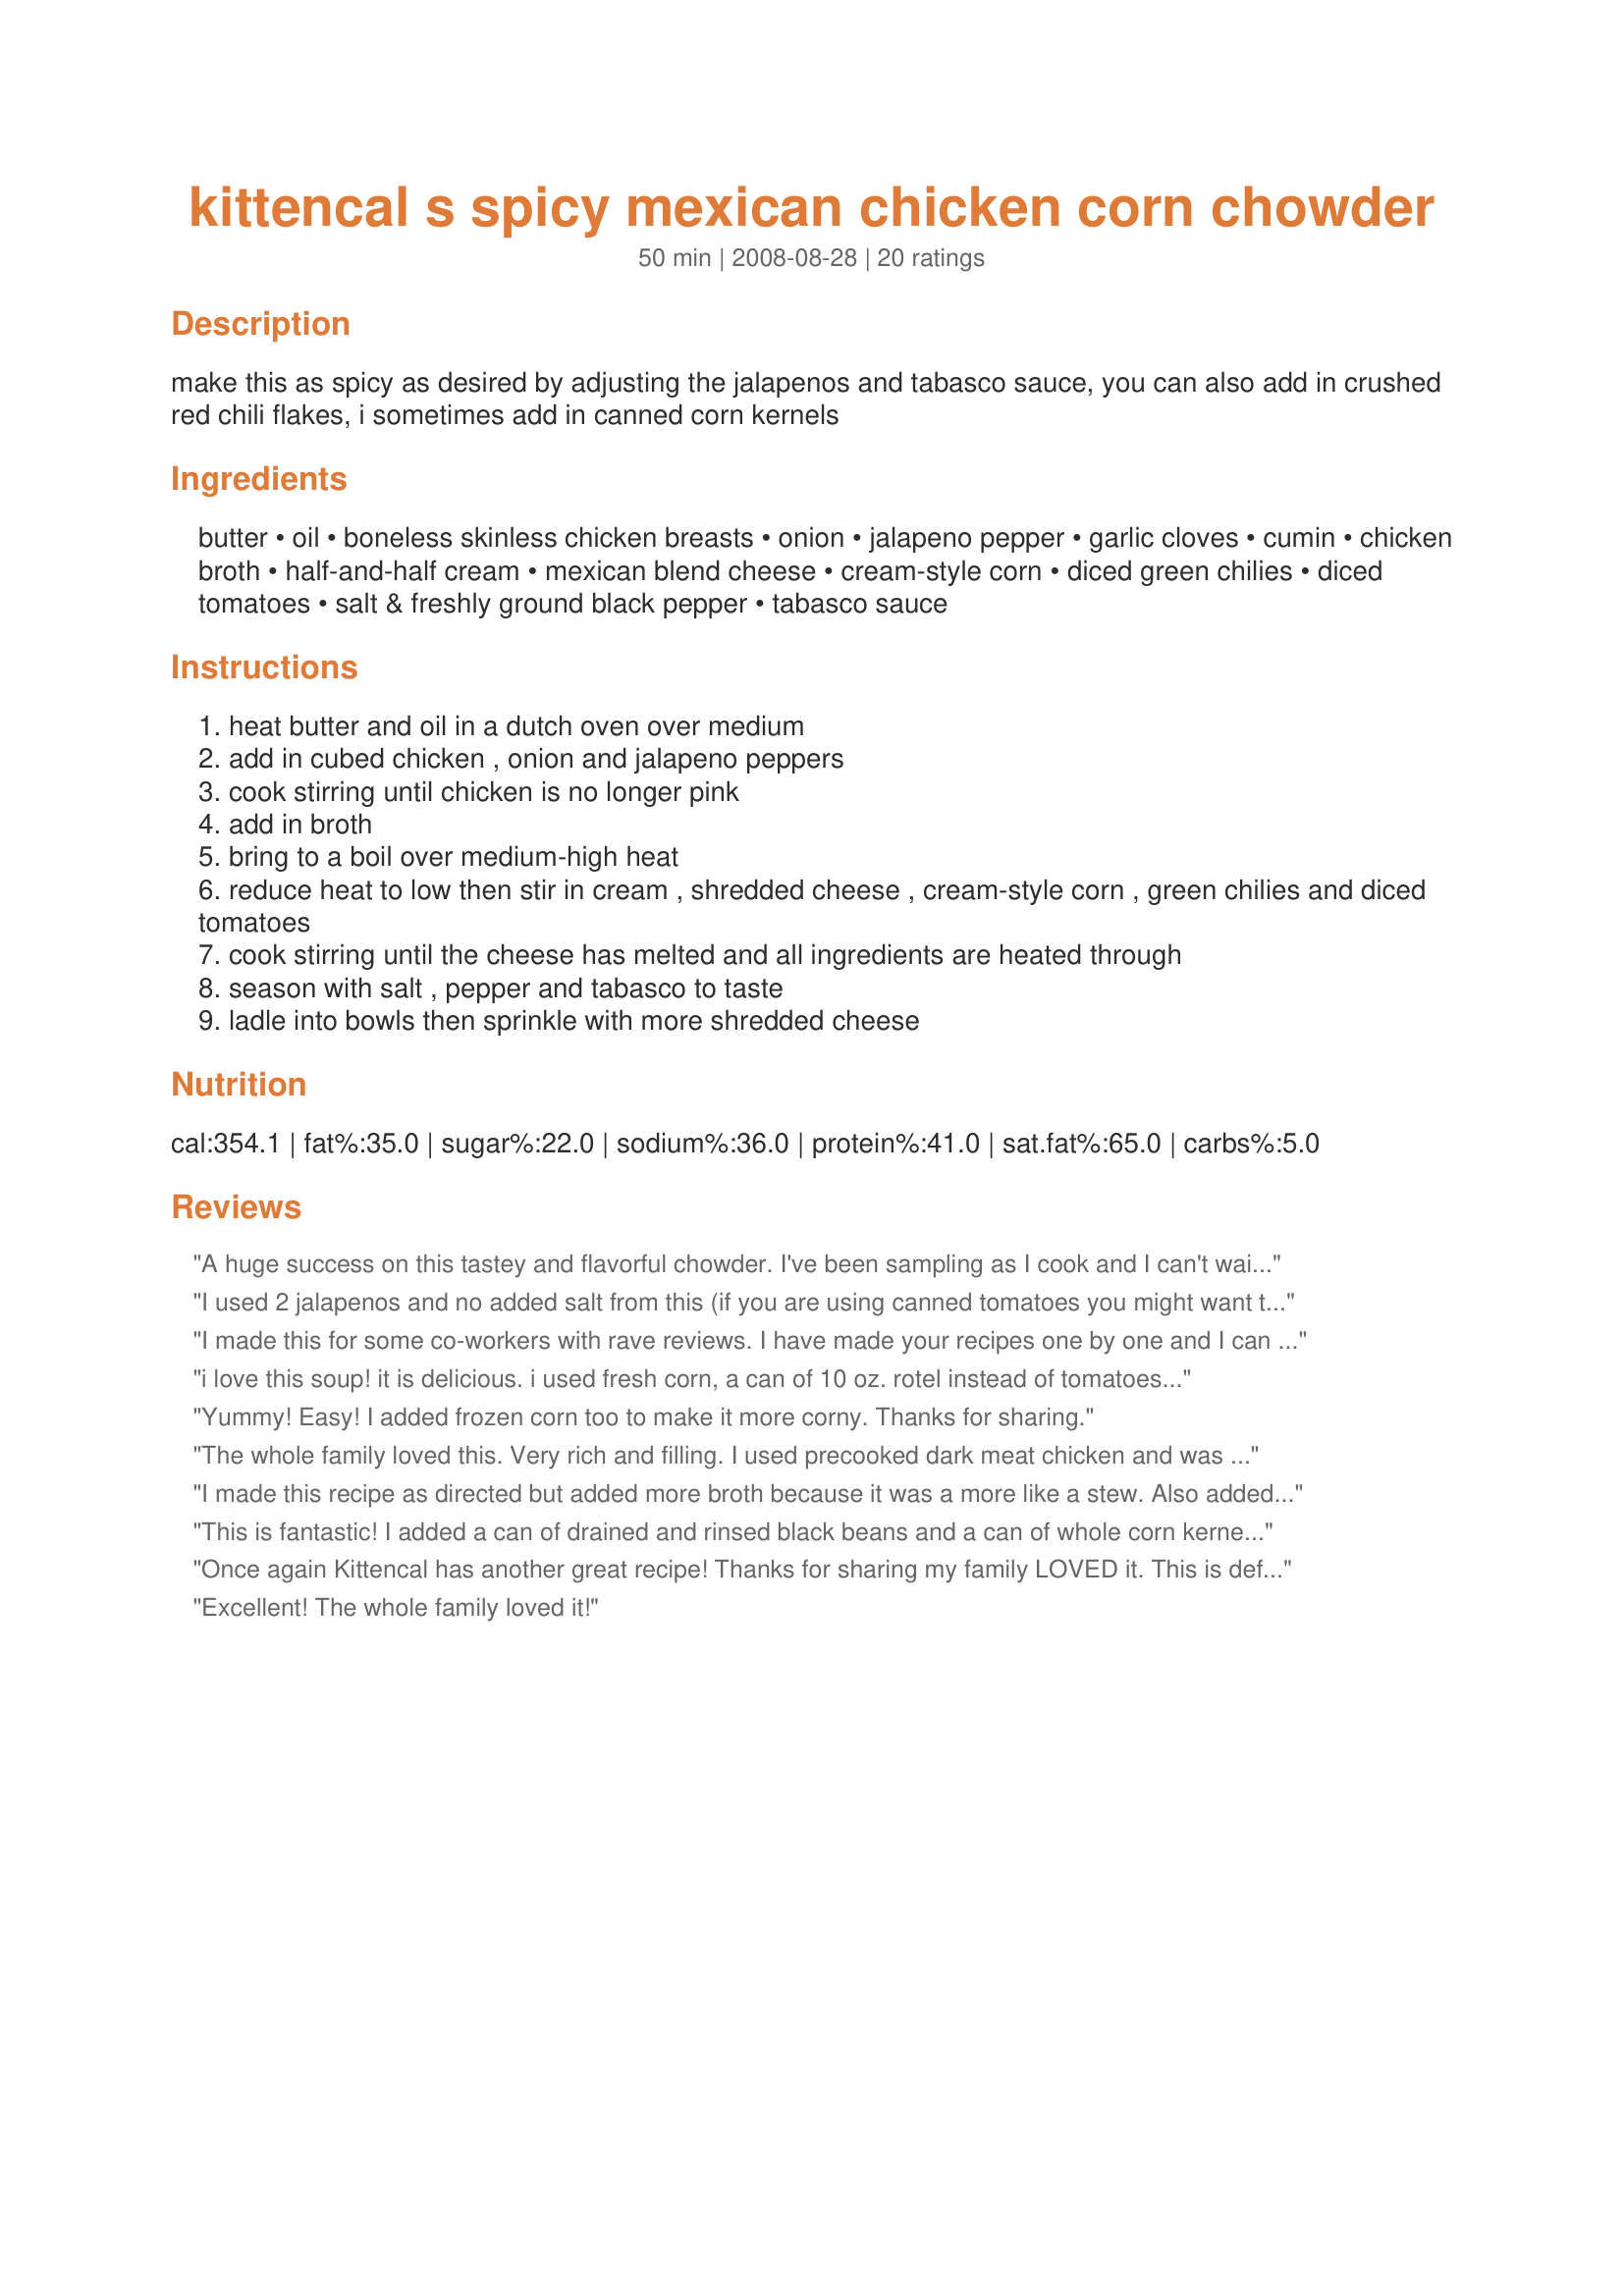
kittencal s spicy mexican chicken corn chowder
Preparation time: 50 minutes

make this as spicy as desired by adjusting the jalapenos and tabasco sauce, you can also add in crushed red chili flakes, i sometimes add in canned corn kernels

Ingredients:
butter, oil, boneless skinless chicken breasts, onion, jalapeno pepper, garlic cloves, cumin, chicken broth, half-and-half cream, mexican blend cheese, cream-style corn, diced green chilies, diced tomatoes, salt & freshly ground black pepper, tabasco sauce

Steps:
heat butter and oil in a dutch oven over medium
add in cubed chicken , onion and jalapeno peppers
cook stirring until chicken is no longer pink
add in broth
bring to a boil over medium-high heat
reduce heat to low then stir in cream , shredded cheese , cream-style corn , green chilies and diced tomatoes
cook stirring until the cheese has melted and all ingredients are heated through
season with salt , pepper and tabasco to taste
ladle into bowls then sprinkle with more shredded cheese

Reviews:
A huge success on this tastey and flavorful chowder. I've been sampling as I cook and I can't wait to eat a big bowl of it tonight, it will be just what we need on this cold, cold night. Truthfully I was very stingy with the jalapeno peppers and the tabasco sauce, just used about 3 slices of the peppers and it's perfect, for me anyway. I love the flavor of the cumin in this. I mistakenly opened a can of whole kernel corn instead of the cream style, so I added about half of the can in the chowder and froze the rest. Made for January "Belly Warmers, Soups and Stews" and it will be a good belly warmer.
I used 2 jalapenos and no added salt from this (if you are using canned tomatoes you might want to taste before salting). This was really yummy. I didn't find it to have too much of a bite, but my hubby was like OMG this is SO spicy so I guess you should just decide on your palate and make it that way. I did simmer longer than called for just to keep it warm unti the side was ready and it did thicken up a bit - but in a good way! As usual KittenCal, you've done it again! Keeper - thanks for posting!
I made this for some co-workers with rave reviews. I have made your recipes one by one and I can tell you (just like others have) they are fantastic. It nice to know that even though you don't have to share these recipes you do. You truly are a good person and the world would be a much better place if there were more Kittencals out there.
i love this soup! it is delicious. i used fresh corn, a can of 10 oz. rotel instead of tomatoes and green chile separate, and used a veggie broth and milk and some leftover bbq'd chicken which i chopped up. What a great recipe, highly recommend.
Yummy! Easy! I added frozen corn too to make it more corny. Thanks for sharing.
The whole family loved this. Very rich and filling. I used precooked dark meat chicken and was afraid of the heat so I left out the tobasco sauce. It ended up being too mild. I'll make it again adding more jalepenos and a few seeds! I also added 8 ounces of frozen corn. This is a winter-time keeper.
I made this recipe as directed but added more broth because it was a more like a stew. Also added Chipotle pepper sauce. I'm thinking about adding some diced potatoes next time. Truly delicious, well done Kittencal.
This is fantastic! I added a can of drained and rinsed black beans and a can of whole corn kernels. Turned out great and I've gotten lots of compliments on it!!! I highly recommend this recipe. Thanks!!!
Once again Kittencal has another great recipe! Thanks for sharing my family LOVED it. This is definitely going into the "keep" pile. Cheers!
Excellent! The whole family loved it!
This recipe is very good, just a few minor changes to suit my taste, 1 jalapeno with seeds, next time, seeds coming out, used half/half, tad bit more cumin, used cooked chicken, only sprinkled little cheese on top, and the best thing was crushed up corn chips in bottom of bowl, let it absorb a couple of minutes...this is definately a keeper, the flavor is awesome, thanks kittencal!!
This we made spicy...and loved it! I added drained and rinsed black beans, chickpeas, diced tomatoes with jalapenos...Mexican cumin and the juice of chipotle peppers...YUMMO!!! Kids enhaled this one on Mexican Soup night...thanks for posting...made and reviewed for Zaar Chow Hounds...WZT5
This was absolutely delicious. My husband thought it was the best soup he's had in a long time and my 3 kids enjoyed it too. Only used 1 jalapeno (was a large one), seeded and had 4 chicken breast equal to 1.3 lbs. Also used diced tomatoes with green chilies plus the 4 oz. can of chilies. It ended up having just the right amount of kick for us, so didn't use the Tabasco at all. We gobble it up so not enough for another dinner, but will look forward to the left overs for lunch. Thanks for a yummy soup...your recipes are always very very tasty!
I really enjoyed this recipe on a cold drizzly day. I tweaked it for my personal preference by using Rotel instead of regular tomatoes, and added 1/4 tsp of jalapeno seeds to my chicken/onion/jalapeno saute to add some heat. I found the creamy consistency perfect, and so fast to make! The sweetness of the corn was a perfect balance to the spicy peppers, and the chicken really made this a hearty meal. I served it with some homemade jalapeno cheddar bread.
excellent!
i didnt add green chilies, but did sprinkle some dried red chili. very much enjoyed!
I only used 1/4 can of tomatoes... not a big tomato fan no tabasco, used cayenne instead. next time I'll thicken ( hubby likes thicker soups) flavor was great. easy to make
Oh.............My..........GOODNESS. I do believe I'm going straight to prison for my faux pas (I accidentally bought CREAM instead of 1/2 & 1/2), but I don't care! This was outstanding and I know it'll be just as good when I make it properly. The combination of ingredients... how can I say this?... perfect? Yes, PERFECT! I photographed this, but can't find the particular memory card I was using at the time. (I think my use of cream in the soup made me comatose, but I'm not complaining. *L*) Thank you, Carol, you rock!
I've never had one of Kittencal's recipes fail me but this one did; I made it exactly as stated but there was no "spice" to it even though I added extra jalapeno, hot sauce, pepper ... I ended up adding chili powder and it helped but still not enough to make this again. From all the reviews I'm not sure what went wrong for me on this one. On the flip side, one bad result will definitely not keep me from Kittencal's recipes!
Delicious is the key word here! Everyone who tasted this soup loved it, and it was so easy to make. I will be making this again, I am sure, by popular request. Made for ZWT 5.
this was SO good, and did not take long to make! My fiance liked, and commented how you get hit with that heat one after another, will make with less onions next time tho. Definitely a keeper and a must for winter time, thanx kittencal, keep on posting!!
